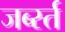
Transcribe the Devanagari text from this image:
जर्ब्स्त